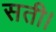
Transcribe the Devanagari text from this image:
सती।